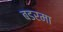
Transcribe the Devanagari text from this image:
बडरमा